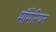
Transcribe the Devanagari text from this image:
मॉमेरियन